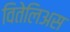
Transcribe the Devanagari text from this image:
वितेलिअस